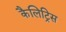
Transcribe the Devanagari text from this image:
कैलिट्रिस